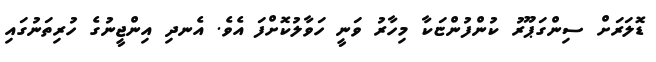
ޑޮލަރަށް ސިންގަޕޫރު ކުންފުންޏަކާ މިހާރު ވަނީ ހަވާލުކޮށްފަ އެވެ. އެނދި އިންޖީނުގެ ހުރިތަނުގައި